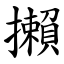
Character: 攋